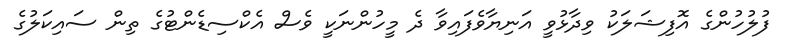
ފުލުހުންގެ އޮފިޝަލަކު ވިދާޅުވީ އަނިޔާވެފައިވާ ދެ މީހުންނަކީ ވެސް އެކްސިޑެންޓުގެ ތިން ސައިކަލުގެ